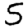
Digit: 5